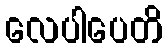
လေပါပေတိ